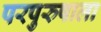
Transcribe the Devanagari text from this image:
परपुरुषाला